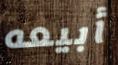
أبيعه